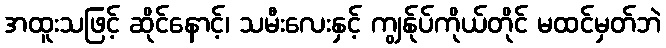
အထူးသဖြင့် ဆိုင်နောင့်၊ သမီးလေးနှင့် ကျွန်ုပ်ကိုယ်တိုင် မထင်မှတ်ဘဲ